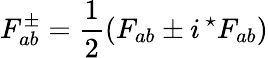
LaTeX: F_{ab}^{\pm}={\frac{1}{2}}(F_{ab}\pm i\, {^{\star}F_{ab}})